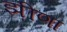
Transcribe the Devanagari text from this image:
झीणा